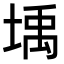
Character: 㙖